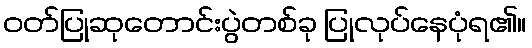
ဝတ်ပြုဆုတောင်းပွဲတစ်ခု ပြုလုပ်နေပုံရ၏။